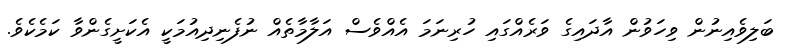
ބަލިވެއިނުން ވިހަވުން އާދައިގެ ވަރެއްގައި ހުރިނަމަ އެއްވެސް އަލާމާތެއް ނުފެނިދިއުމަކީ އެކަށީގެންވާ ކަމެކެވެ.